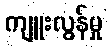
ကျူးလွန်မှု